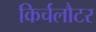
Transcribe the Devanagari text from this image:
किर्चलौटर